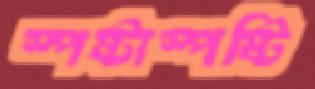
স্পষ্টাস্পষ্টি